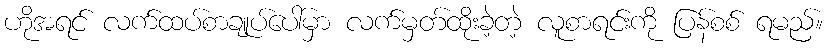
ဟိုအရင် လက်ထပ်စာချုပ်ပေါ်မှာ လက်မှတ်ထိုးခဲ့တဲ့ လူစာရင်းကို ပြန်စစ် ရမည်။